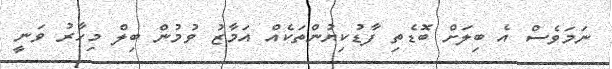
ނަމަވެސް އެ ބިލަށް ބޮޑެތި ފާޑުކިޔުންތަކެއް އަމާޒު ވުމުން ބިލް މިހާރު ވަނީ